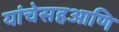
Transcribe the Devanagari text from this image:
यांचेसहआणि